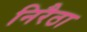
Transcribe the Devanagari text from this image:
निरैठा